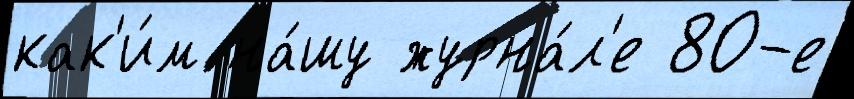
как'и́м на́шу журна́л'е 80-е